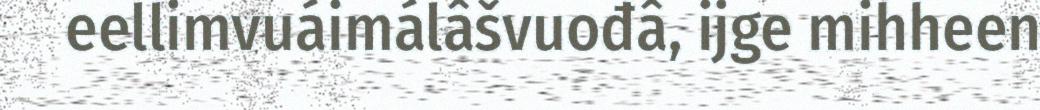
eellimvuáimálâšvuođâ, ijge mihheen